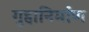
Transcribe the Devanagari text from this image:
गुहानिर्माण